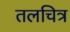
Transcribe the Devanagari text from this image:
तलचित्र